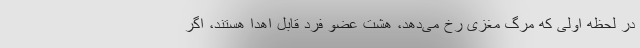
در لحظه اولی که مرگ مغزی رخ می‌دهد، هشت عضو فرد قابل اهدا هستند، اگر